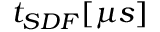
t _ { S D F } [ \mu s ]